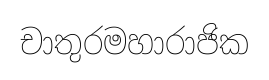
චාතුරමහාරාජික